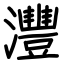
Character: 灃